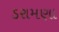
ડરામણા